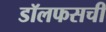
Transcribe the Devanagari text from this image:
डॉलफसची